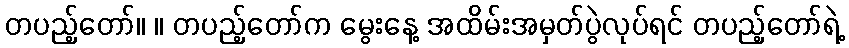
တပည့်တော်။ ။ တပည့်တော်က မွေးနေ့ အထိမ်းအမှတ်ပွဲလုပ်ရင် တပည့်တော်ရဲ့